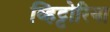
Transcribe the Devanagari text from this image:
व्हिट्टोरिया